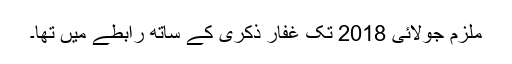
ملزم جولائی 2018 تک غفار ذکری کے ساتھ رابطے میں تھا۔